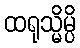
ထရုသ္မိမ္ပိ